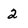
Character: 2